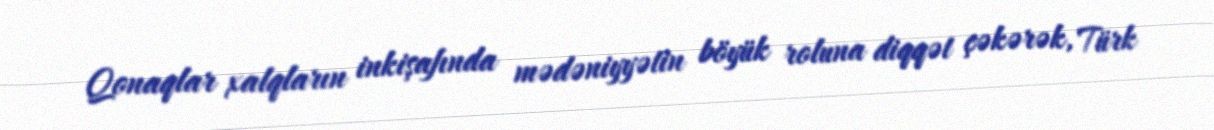
Qonaqlar xalqların inkişafında mədəniyyətin böyük roluna diqqət çəkərək, Türk